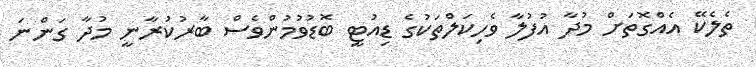
ތެލެކޭ އެއްގޮތަށް މުދާ އުފުލާ ވެހިކަލްތަކުގެ ޑިއުޓީ ބޮޑުވުމުންވެސް ބާރުކުރާނީ މުދާ ގަންނަ